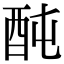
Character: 䣩